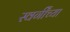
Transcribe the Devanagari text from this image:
स्वर्गींच्या